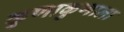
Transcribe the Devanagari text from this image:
कुणाकुणाला